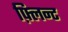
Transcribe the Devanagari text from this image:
फ़्लिन्ट